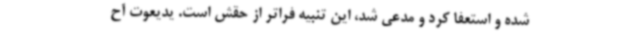
شده و استعفا کرد و مدعی شد، این تنبیه فراتر از حقش است. یدیعوت آح